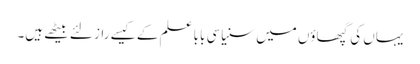
یہاں کی گپھاؤں میں سنیاسی بابا علم کے کیسے راز لئے بیٹھے ہیں۔